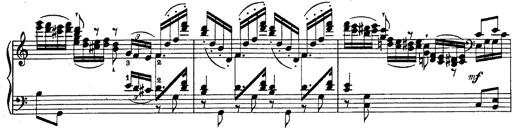
Title: Fantasie Ã¼ber Themen aus Mozarts Figaro und Don Giovanni
Composer: Franz Liszt